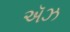
ઍઝ